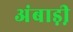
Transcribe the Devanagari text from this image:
अंबाड़ी़